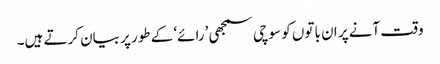
وقت آنے پر ان باتوں کو سوچی سمجھی ’رائے‘ کے طور پر بیان کرتے ہیں۔